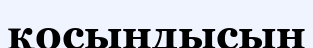
қосындысын